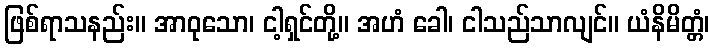
ဖြစ်ရာသနည်း။ အာဝုသော၊ ငါ့ရှင်တို့။ အဟံ ခေါ၊ ငါသည်သာလျင်။ ယံနိမိတ္တံ၊